Indian journal of veterinary science and animal husbandry - Volume 12,
Year: 1942
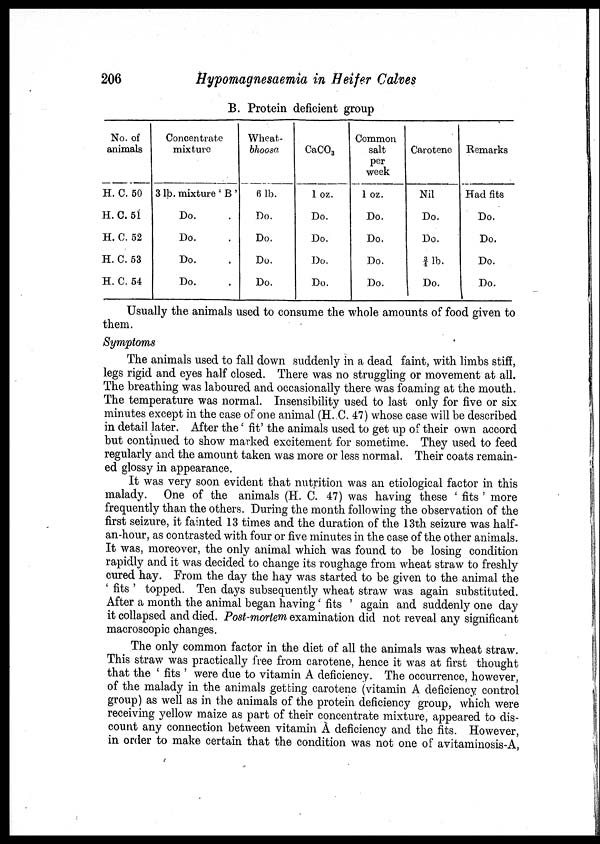
206
Hypomagnesaemia in Heifer Calves
B. Protein deficient group
No. of
animals
H. C. 50
H. C. 51
H. C. 52
H. C. 53
H. C. 54
Concentrate
mixture
3 lb. mixture ' B '
Do.
Do.
Do.
Do.
Wheat-
bhoosa
6 1b.
Do.
Do.
Do.
Do.
CaCO 3
1 oz.
Do.
Do.
Do.
Do.
Common
salt
per
week
1 oz.
Do.
Do.
Do.
Do.
Carotene
Nil
Do.
Do.
¾lb.
Do.
Remarks
Had fits
Do.
Do.
Do.
Do.
Usually the animals used to consume the whole amounts of food given to
them.
Symptoms
The animals used to fall down suddenly in a dead faint, with limbs stiff,
legs rigid and eyes half closed. There was no struggling or movement at all.
The breathing was laboured and occasionally there was foaming at the mouth.
The temperature was normal. Insensibility used to last only for five or six
minutes except in the case of one animal (H. C. 47) whose case will be described
in detail later. After the' fit' the animals used to get up of their own accord
but continued to show marked excitement for sometime. They used to feed
regularly and the amount taken was more or less normal. Their coats remain-
ed glossy in appearance.
It was very soon evident that nutrition was an etiological factor in this
malady. One of the animals (H. C. 47) was having these ' fits ' more
frequently than the others. During the month following the observation of the
first seizure, it fainted 13 times and the duration of the 13th seizure was half-
an-hour, as contrasted with four or five minutes in the case of the other animals.
It was, moreover, the only animal which was found to be losing condition
rapidly and it was decided to change its roughage from wheat straw to freshly
cured hay. From the day the hay was started to be given to the animal the
' fits ' topped. Ten days subsequently wheat straw was again substituted.
After a month the animal began having' fits ' again and suddenly one day
it collapsed and died. Post-mortem examination did not reveal any significant
macroscopic changes.
The only common factor in the diet of all the animals was wheat straw.
This straw was practically free from carotene, hence it was at first thought
that the ' fits ' were due to vitamin A deficiency. The occurrence, however,
of the malady in the animals getting carotene (vitamin A deficiency control
group) as well as in the animals of the protein deficiency group, which were
receiving yellow maize as part of their concentrate mixture, appeared to dis-
count any connection between vitamin A deficiency and the fits. However,
in order to make certain that the condition was not one of avitaminosis-A,